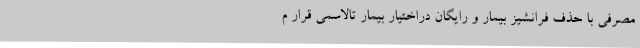
مصرفی با حذف فرانشیز بیمار و رایگان دراختیار بیمار تالاسمی قرار م